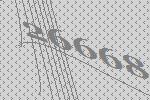
26668